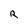
Character: R